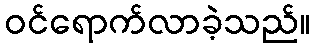
ဝင်ရောက်လာခဲ့သည်။